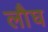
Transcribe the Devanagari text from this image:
लौघ